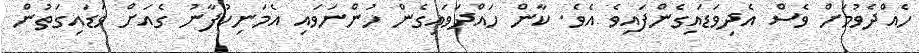
ހެއްދެވުމަށް ވެސް އެދިވަޑައިގެންފައިވެ އެވެ. ކާން ހައްދަވައިގެން ހުންނަވައި އެމަނިކުފާނު ގެއަށް ވަޑައިގަތުން